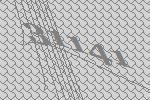
31141